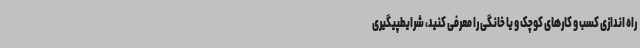
راه اندازی کسب و کارهای کوچک و یا خانگی را معرفی کنید، شرایطپیگیری